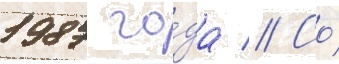
1987 го́да // Со́